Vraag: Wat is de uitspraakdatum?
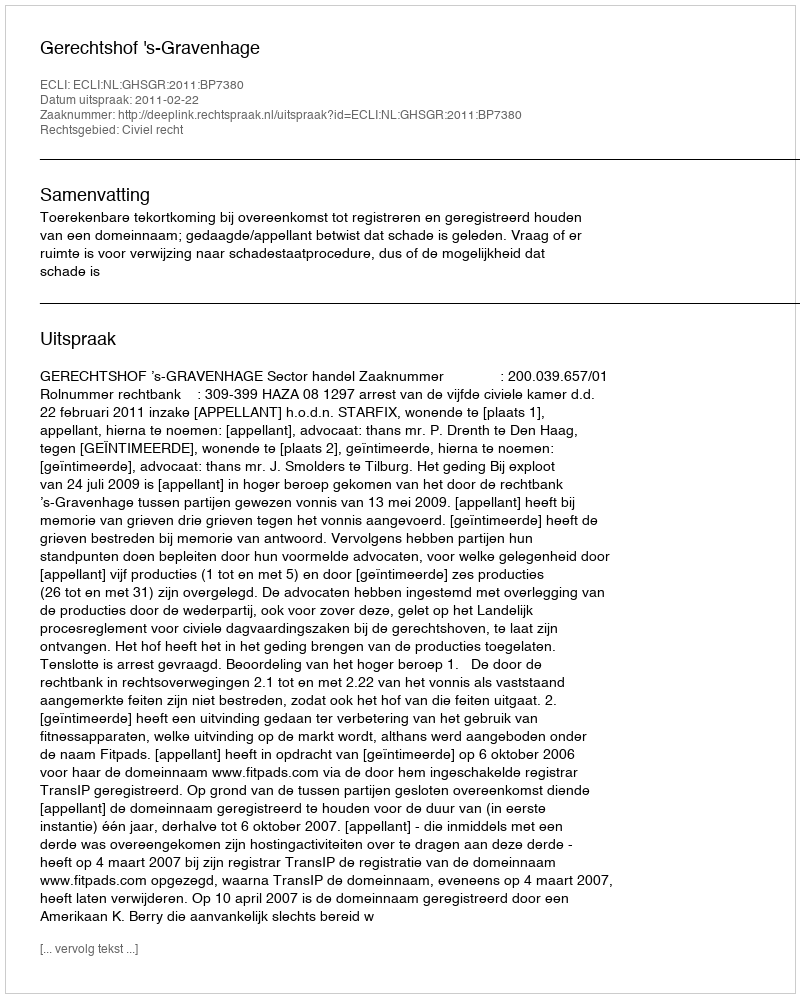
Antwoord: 2011-02-22